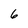
Character: 6